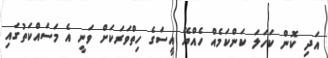
އަދި ކޮން ކަހަލަ ކަންކަމެއް ހެއްޔޭ އީސަގެ ހިތްވަރަކަށް ވަނީ އެ މަސައްކަތުގައި